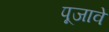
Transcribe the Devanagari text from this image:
पूजावे